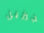
جيزيل